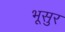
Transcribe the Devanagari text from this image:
भूसुर